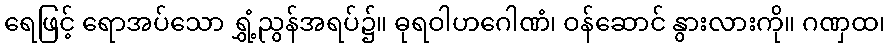
ရေဖြင့် ရောအပ်သော ရွှံ့ညွန်အရပ်၌။ ဓုရဝါဟဂေါဏံ၊ ဝန်ဆောင် နွားလားကို။ ဂဏှထ၊